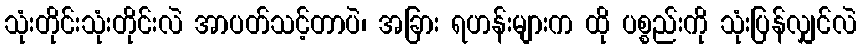
သုံးတိုင်းသုံးတိုင်းလဲ အာပတ်သင့်တာပဲ၊ အခြား ရဟန်းများက ထို ပစ္စည်းကို သုံးပြန်လျှင်လဲ